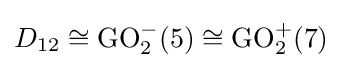
D_{12}\cong \operatorname {GO} _{2}^{-}(5)\cong \operatorname {GO} _{2}^{+}(7)